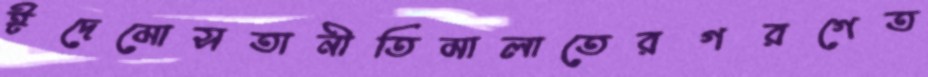
ঈদেমোসতানীতিমালাতেরগরগেত